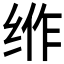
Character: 𱺠